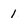
Character: 1